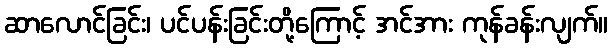
ဆာလောင်ခြင်း၊ ပင်ပန်းခြင်းတို့ကြောင့် အင်အား ကုန်ခန်းလျက်။